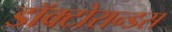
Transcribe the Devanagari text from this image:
डॉक्टोरान्डस